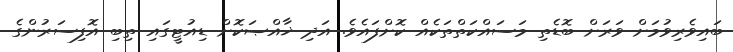
ބައިވެރިވުމަށް ވަރަށް ބޮޑެތި މަސައްކަތްތަކެއް ކޮށްފައެވެ. އަދި ޚާއްޞަކޮށް ޑިއުޓީގައި ތިބި އޮފިސަރުންގެ